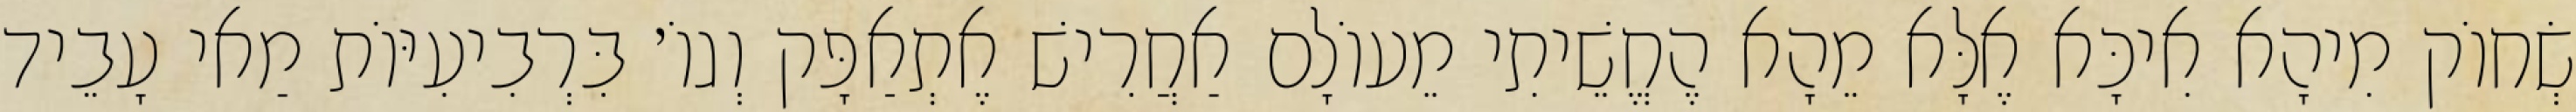
שְׂחוֹק מִיהָא אִיכָּא אֶלָּא מֵהָא הֶחֱשֵׁיתִי מֵעוֹלָם אַחֲרִישׁ אֶתְאַפָּק וְגוֹ׳ בִּרְבִיעִיּוֹת מַאי עָבֵיד